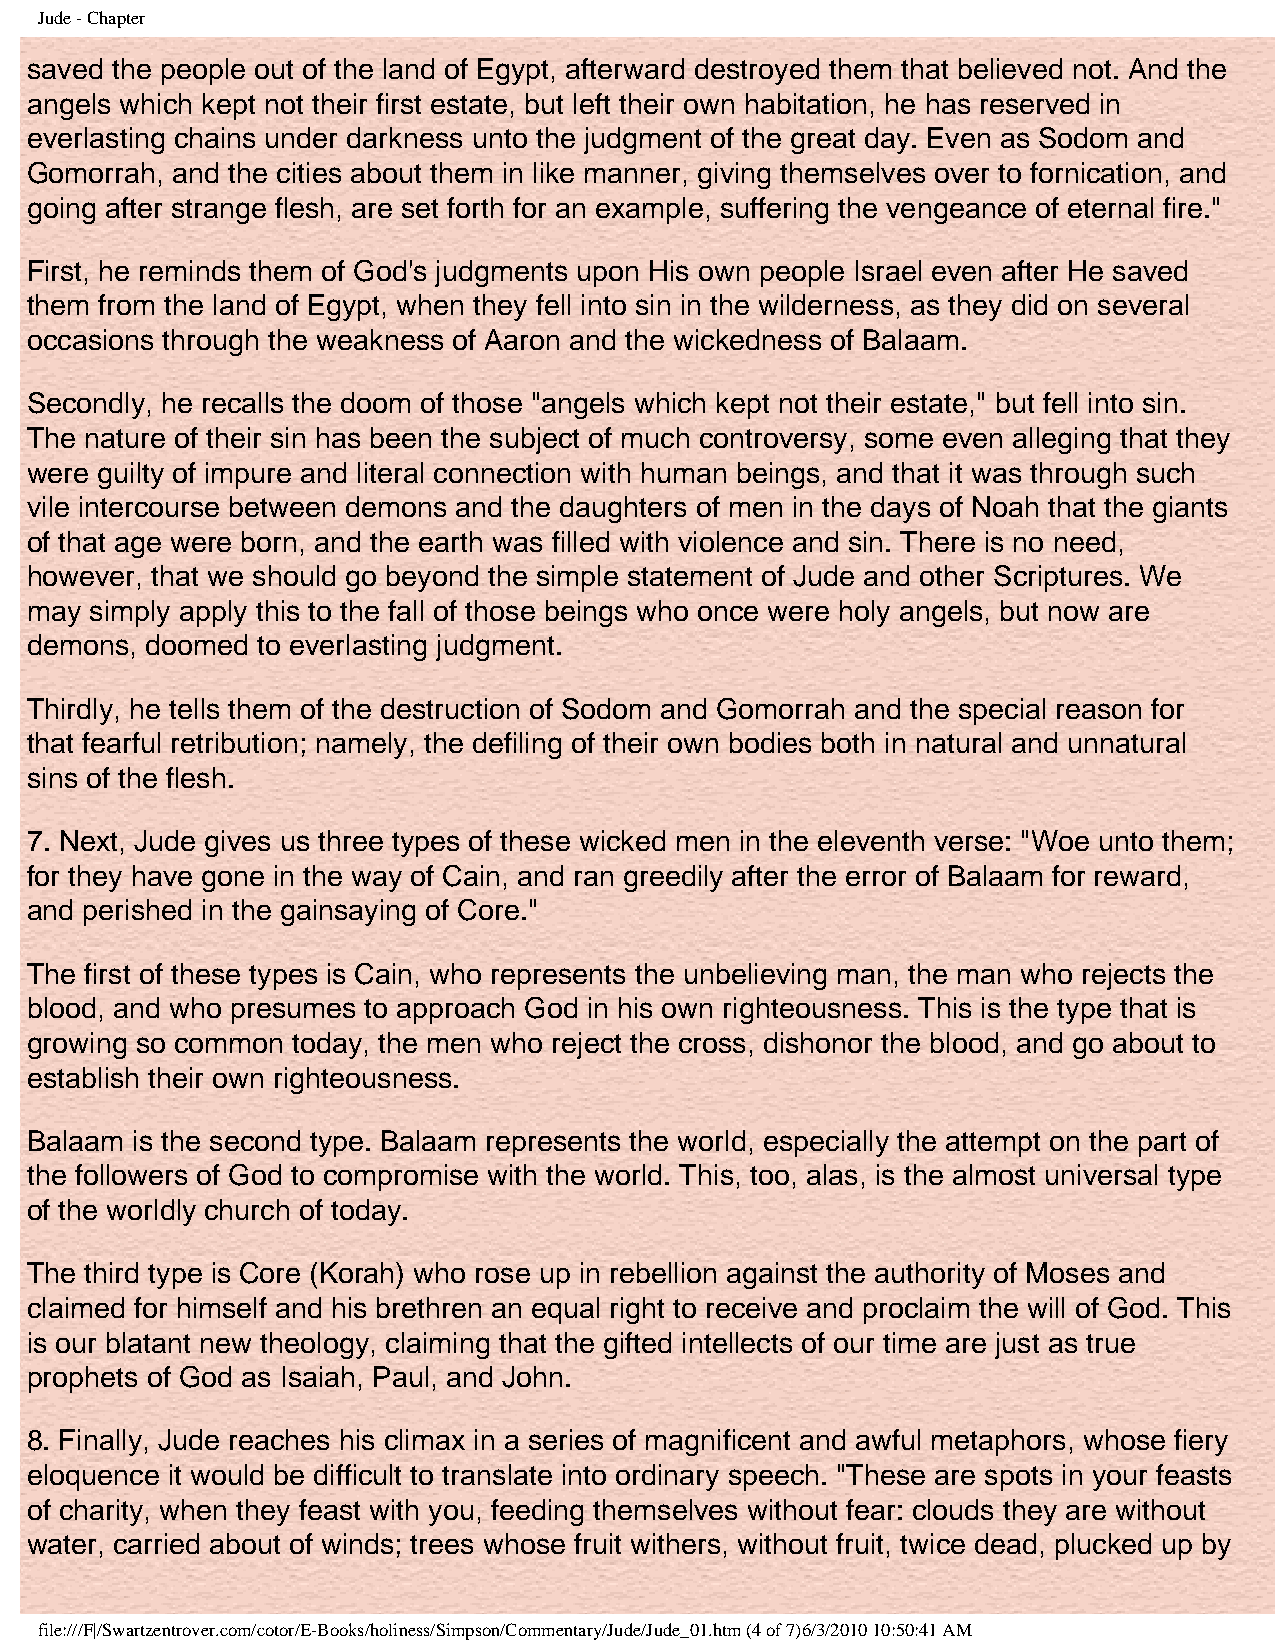
Jude - Chapter
 saved the people out of the land of Egypt, afterward destroyed them that believed not. And the
 angels which kept not their first estate, but left their own habitation, he has reserved in
 everlasting chains under darkness unto the judgment of the great day. Even as Sodom and
 Gomorrah, and the cities about them in like manner, giving themselves over to fornication, and
 going after strange flesh, are set forth for an example, suffering the vengeance of eternal fire."
 First, he reminds them of God's judgments upon His own people Israel even after He saved
 them from the land of Egypt, when they fell into sin in the wilderness, as they did on several
 occasions through the weakness of Aaron and the wickedness of Balaam.
 Secondly, he recalls the doom of those "angels which kept not their estate," but fell into sin.
 The nature of their sin has been the subject of much controversy, some even alleging that they
 were guilty of impure and literal connection with human beings, and that it was through such
 vile intercourse between demons and the daughters of men in the days of Noah that the giants
 of that age were born, and the earth was filled with violence and sin. There is no need,
 however, that we should go beyond the simple statement of Jude and other Scriptures. We
 may simply apply this to the fall of those beings who once were holy angels, but now are
 demons, doomed to everlasting judgment.
 Thirdly, he tells them of the destruction of Sodom and Gomorrah and the special reason for
 that fearful retribution; namely, the defiling of their own bodies both in natural and unnatural
 sins of the flesh.
 7. Next, Jude gives us three types of these wicked men in the eleventh verse: "Woe unto them;
 for they have gone in the way of Cain, and ran greedily after the error of Balaam for reward,
 and perished in the gainsaying of Core."
 The first of these types is Cain, who represents the unbelieving man, the man who rejects the
 blood, and who presumes to approach God in his own righteousness. This is the type that is
 growing so common today, the men who reject the cross, dishonor the blood, and go about to
 establish their own righteousness.
 Balaam is the second type. Balaam represents the world, especially the attempt on the part of
 the followers of God to compromise with the world. This, too, alas, is the almost universal type
 of the worldly church of today.
 The third type is Core (Korah) who rose up in rebellion against the authority of Moses and
 claimed for himself and his brethren an equal right to receive and proclaim the will of God. This
 is our blatant new theology, claiming that the gifted intellects of our time are just as true
 prophets of God as Isaiah, Paul, and John.
 8. Finally, Jude reaches his climax in a series of magnificent and awful metaphors, whose fiery
 eloquence it would be difficult to translate into ordinary speech. "These are spots in your feasts
 of charity, when they feast with you, feeding themselves without fear: clouds they are without
 water, carried about of winds; trees whose fruit withers, without fruit, twice dead, plucked up by
 file:///F|/Swartzentrover.com/cotor/E-Books/holiness/Simpson/Commentary/Jude/Jude_01.htm (4 of 7)6/3/2010 10:50:41 AM